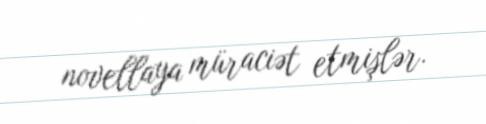
novellaya müraciət etmişlər.